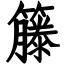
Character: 籐